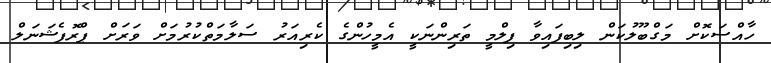
ހާއްސަކޮށް މަގްބޫލުކަން ލިބިފައިވާ ފިލްމީ ތަރިންނަކީ އެމީހުންގެ ކެރިއަރު ސަލާމަތްކުރުމަށް ވަރަށް ޕްރޮފެޝަނަލް